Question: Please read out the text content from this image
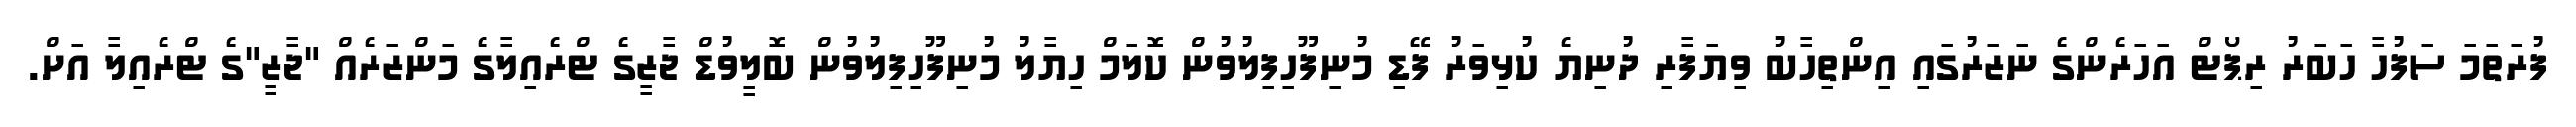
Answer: ފުރަތަމަ ސަފުހާ ހަބަރު ރިޕޯޓް އަހަރެންގެ ނަޒަރުގައި އިންތިހާބު ވިޔަފާރި ދުނިޔެ ކުޅިވަރު ފޭޑި މުނިފޫހިފިލުވުން ކޮލަމް ހިޔާލު މުނިފޫހިފިލުވުން ބޮލީވުޑް ޖާޒީގެ ޓްރެއިލާގެ މަންޒަރެއް "ޖާޒީ"ގެ ޓްރެއިލާ އަށް.